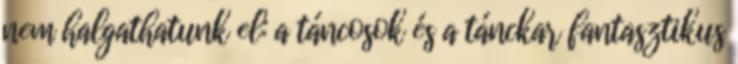
nem halgathatunk el: a táncosok és a tánckar fantasztikus